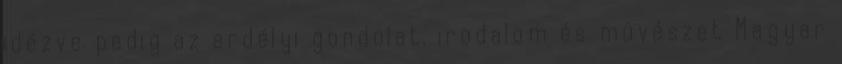
idézve pedig az erdélyi gondolat, irodalom és mûvészet Magyar